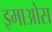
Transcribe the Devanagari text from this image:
इमाओस